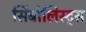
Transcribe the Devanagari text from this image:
सिंबोलिस्ट्स